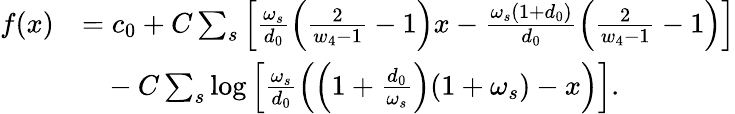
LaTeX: \begin{array}{rl}{f(x)}&{=c_{0}+C\sum_{s}\left[\frac{\omega_{s}}{d_{0}}\left(\frac{2}{w_{4}-1}-1\right)x-\frac{\omega_{s}(1+d_{0})}{d_{0}}\left(\frac{2}{w_{4}-1}-1\right)\right]}\\ &{~~~-C\sum_{s}\log\left[\frac{\omega_{s}}{d_{0}}\left(\left(1+\frac{d_{0}}{\omega_{s}}\right)(1+\omega_{s})-x\right)\right].}\end{array}